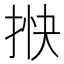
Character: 𢭴